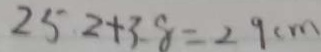
2 5 . 2 + 3 . 8 = 2 9 c m